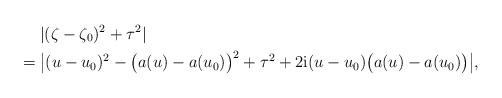
LaTeX: \begin{align*} &|(\zeta-\zeta_0)^2+\tau^2|\\ ={} &\bigl|(u-u_0)^2-\big(a(u)-a(u_0)\big)^2 +\tau^2 + 2\mathrm{i}(u-u_0)\big(a(u)-a(u_0)\big)\bigr|, \end{align*}